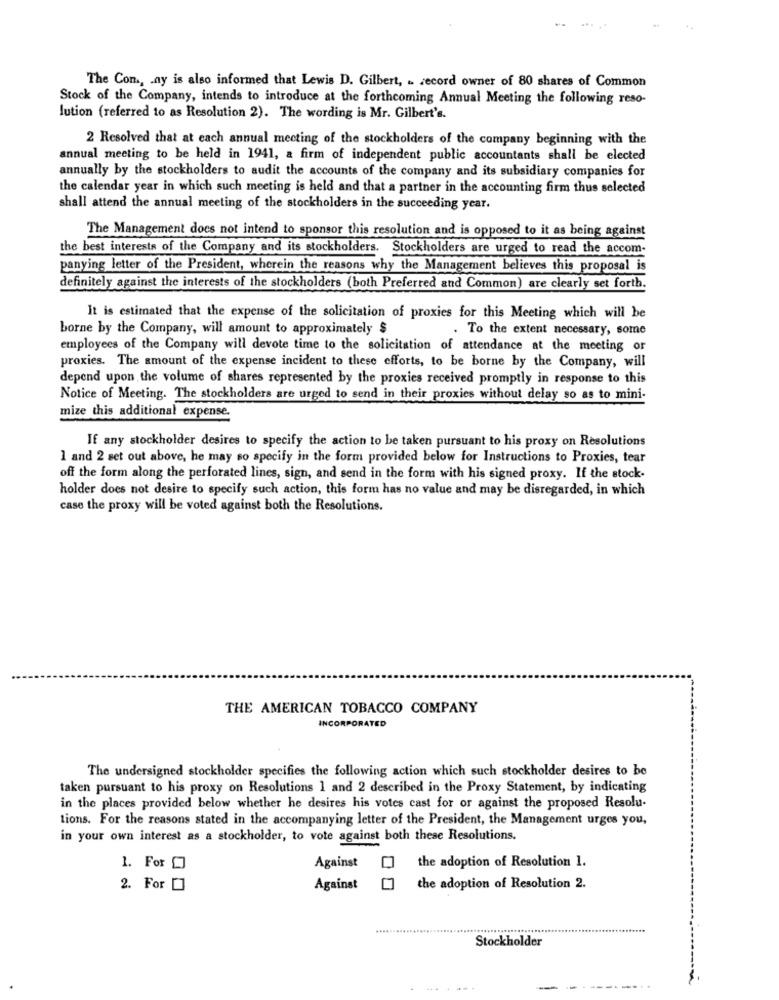
The Com, ay is also informed that Lewis D. Gilbert, . record owner of 80 shares of Common
Stock of the Company, intends to introduce at the forthcoming Annual Meeting the following reso-
lution (referred to as Resolution 2). The wording is Mr. Gilbert's.
2 Resolved that at each annual meeting of the stockholders of the company beginning with the
annual meeting to be held in 1941, a firm of independent public accountants shall be elected
annually by the stockholders to audit the accounts of the company and its subsidiary companies for
the calendar year in which such meeting is held and that a partner in the accounting firm thus selected
shall attend the annual meeting of the stockholders in the succeeding year.
The Management does not intend to sponsor this resolution and is opposed to it as being against
the best interests of the Company and its stockholders. Stockholders are urged to read the accom.
panying letter of the President, wherein the reasons why the Management believes this proposal is
definitely against the interests of the stockholders (both Preferred and Common) are clearly set forth.
It is estimated that the expense of the solicitation of proxies for this Meeting which will be
borne by the Company, will amount to approximately $
. To the extent necessary, some
employees of the Company will devote time to the solicitation of attendance at the meeting or
proxies. The amount of the expense incident to these efforts, to be borne by the Company, will
depend upon the volume of shares represented by the proxies received promptly in response to this
Notice of Meeting. The stockholders are urged to send in their proxies without delay so as to mini-
mize this additional expense.
If any stockholder desires to specify the action to be taken pursuant to his proxy on Resolutions
1 and 2 set out above, he may so specify in the form provided below for Instructions to Proxies, tear
off the form along the perforated lines, sign, and send in the form with his signed proxy. If the stock-
holder does not desire to specify such action, this form has no value and may be disregarded, in which
case the proxy will be voted against both the Resolutions.
THE AMERICAN TOBACCO COMPANY
INCORPORATED
The undersigned stockholder specifies the following action which such stockholder desires to be
taken pursuant to his proxy on Resolutions 1 and 2 described in the Proxy Statement, by indicating
in the places provided below whether he desires his votes cast for or against the proposed Resolu-
tions. For the reasons stated in the accompanying letter of the President, the Management urges you,
in your own interest as a stockholder, to vote against both these Resolutions.
the adoption of Resolution 1.
1. For O
Against
2. For
Against
the adoption of Resolution 2.
Stockholder